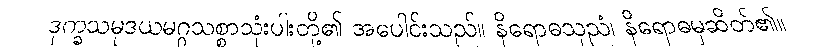
ဒုက္ခသမုဒယမဂ္ဂသစ္စာသုံးပါးတို့၏ အပေါင်းသည်။ နိရောဓသုညံ၊ နိရောဓမှဆိတ်၏။